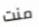
منت